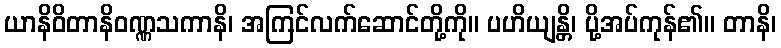
ယာနိဝိတာနိဝဏ္ဏသကာနိ၊ အကြင်လက်ဆောင်တို့ကို။ ပဟိယျန္တိ၊ ပို့အပ်ကုန်၏။ တာနိ၊